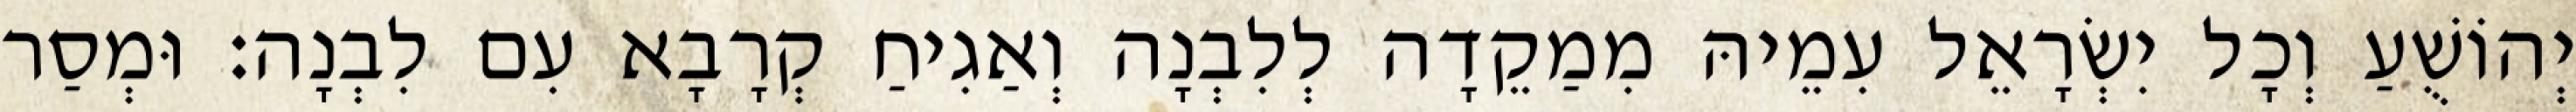
יְהוֹשֻׁעַ וְכָל יִשְׂרָאֵל עִמֵיהּ מִמַקֵדָה לְלִבְנָה וְאַגִיחַ קְרָבָא עִם לִבְנָה׃ וּמְסַר